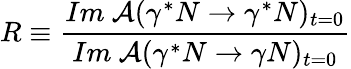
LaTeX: R\equiv\frac{Im~{\cal A}(\gamma^{*}N\rightarrow\gamma^{*}N)_{t=0}}{Im~{\cal A}(\gamma^{*}N\rightarrow\gamma N)_{t=0}}